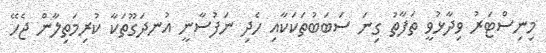
މިނިސްޓަރު ވިދާޅުވީ ތަފާތު ގިނަ ސަބަބުތަކަކާއި ހެދި ނަފުސާނީ އުނދަގޫތަކާ ކުރިމަތިލާން ޖެހޭ